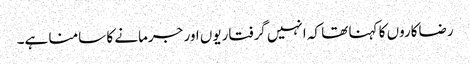
رضاکاروں کا کہنا تھا کہ انہیں گرفتاریوں اور جرمانے کا سامنا ہے۔